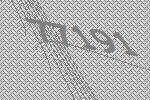
77191